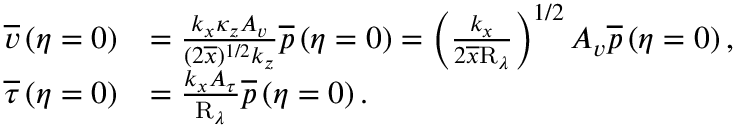
\begin{array} { r l } { \overline { { v } } \left( \eta = 0 \right) } & { = \frac { k _ { x } \kappa _ { z } A _ { v } } { ( 2 \overline { { x } } ) ^ { 1 / 2 } k _ { z } } \overline { { p } } \left( \eta = 0 \right) = \left( \frac { k _ { x } } { 2 \overline { { x } } \mathrm { R } _ { \lambda } } \right) ^ { 1 / 2 } A _ { v } \overline { { p } } \left( \eta = 0 \right) , } \\ { \overline { { \tau } } \left( \eta = 0 \right) } & { = \frac { k _ { x } A _ { \tau } } { \mathrm { R } _ { \lambda } } \overline { { p } } \left( \eta = 0 \right) . } \end{array}